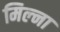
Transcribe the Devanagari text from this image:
मिल्ना